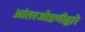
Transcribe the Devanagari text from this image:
आंतरजोडणीद्वारे